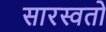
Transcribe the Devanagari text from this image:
सारस्वतो